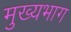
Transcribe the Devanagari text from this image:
मुख्यभाग